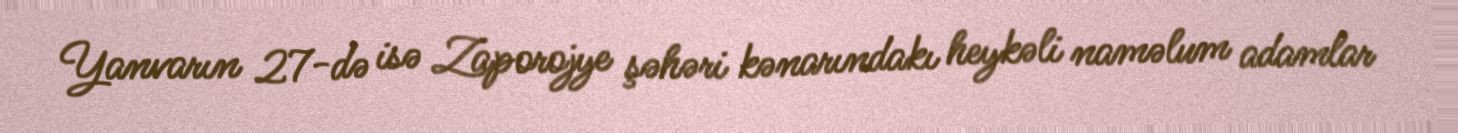
Yanvarın 27-də isə Zaporojye şəhəri kənarındakı heykəli naməlum adamlar